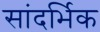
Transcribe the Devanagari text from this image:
सांदर्भिक